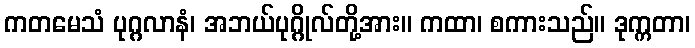
ကတမေသံ ပုဂ္ဂလာနံ၊ အဘယ်ပုဂ္ဂိုလ်တို့အား။ ကထာ၊ စကားသည်။ ဒုက္ကတာ၊